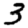
Digit: 3